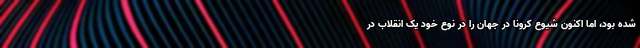
شده بود، اما اکنون شیوع کرونا در جهان را در نوع خود یک انقلاب در